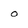
Character: o